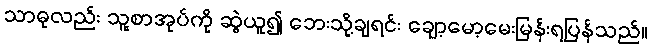
သာဓုလည်း သူ့စာအုပ်ကို ဆွဲယူ၍ ဘေးသို့ချရင်း ချော့မော့မေးမြန်းရပြန်သည်။